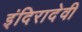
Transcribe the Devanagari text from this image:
इंदिरादेवी